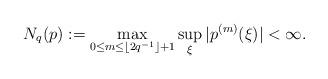
LaTeX: \begin{align*}N_q(p):= \max\limits_{0\le m\le \lfloor 2 q^{-1}\rfloor + 1}\sup_{\xi}|p^{(m)}(\xi)|<\infty.\end{align*}